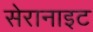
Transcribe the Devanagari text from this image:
सेरानाइट